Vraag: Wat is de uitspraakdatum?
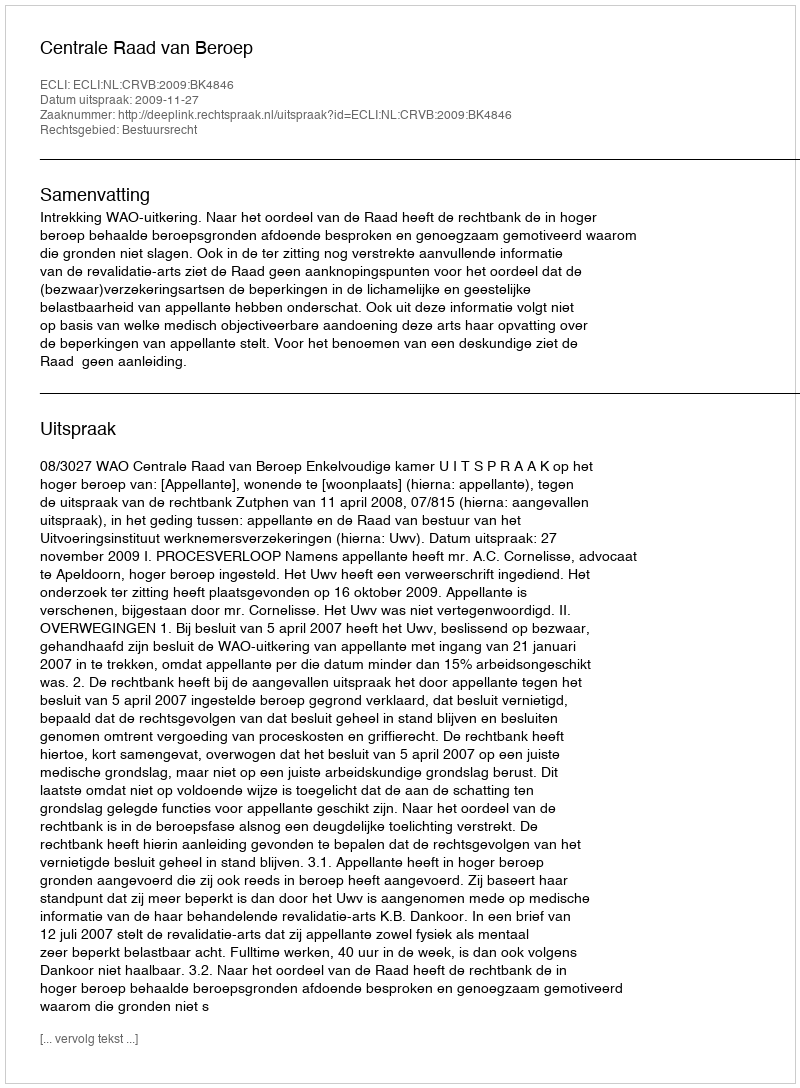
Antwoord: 2009-11-27